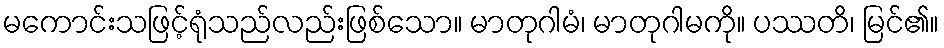
မကောင်းသဖြင့်ရုံသည်လည်းဖြစ်သော။ မာတုဂါမံ၊ မာတုဂါမကို။ ပဿတိ၊ မြင်၏။